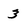
Character: 3